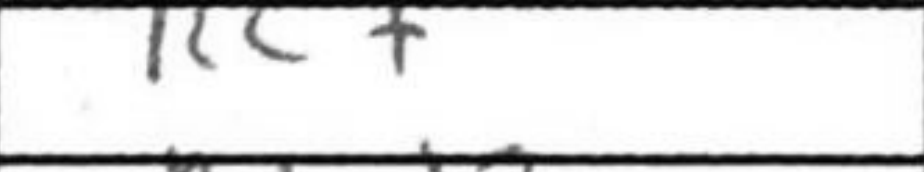
Transcription: Rc7